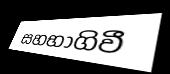
සහභාගිවී